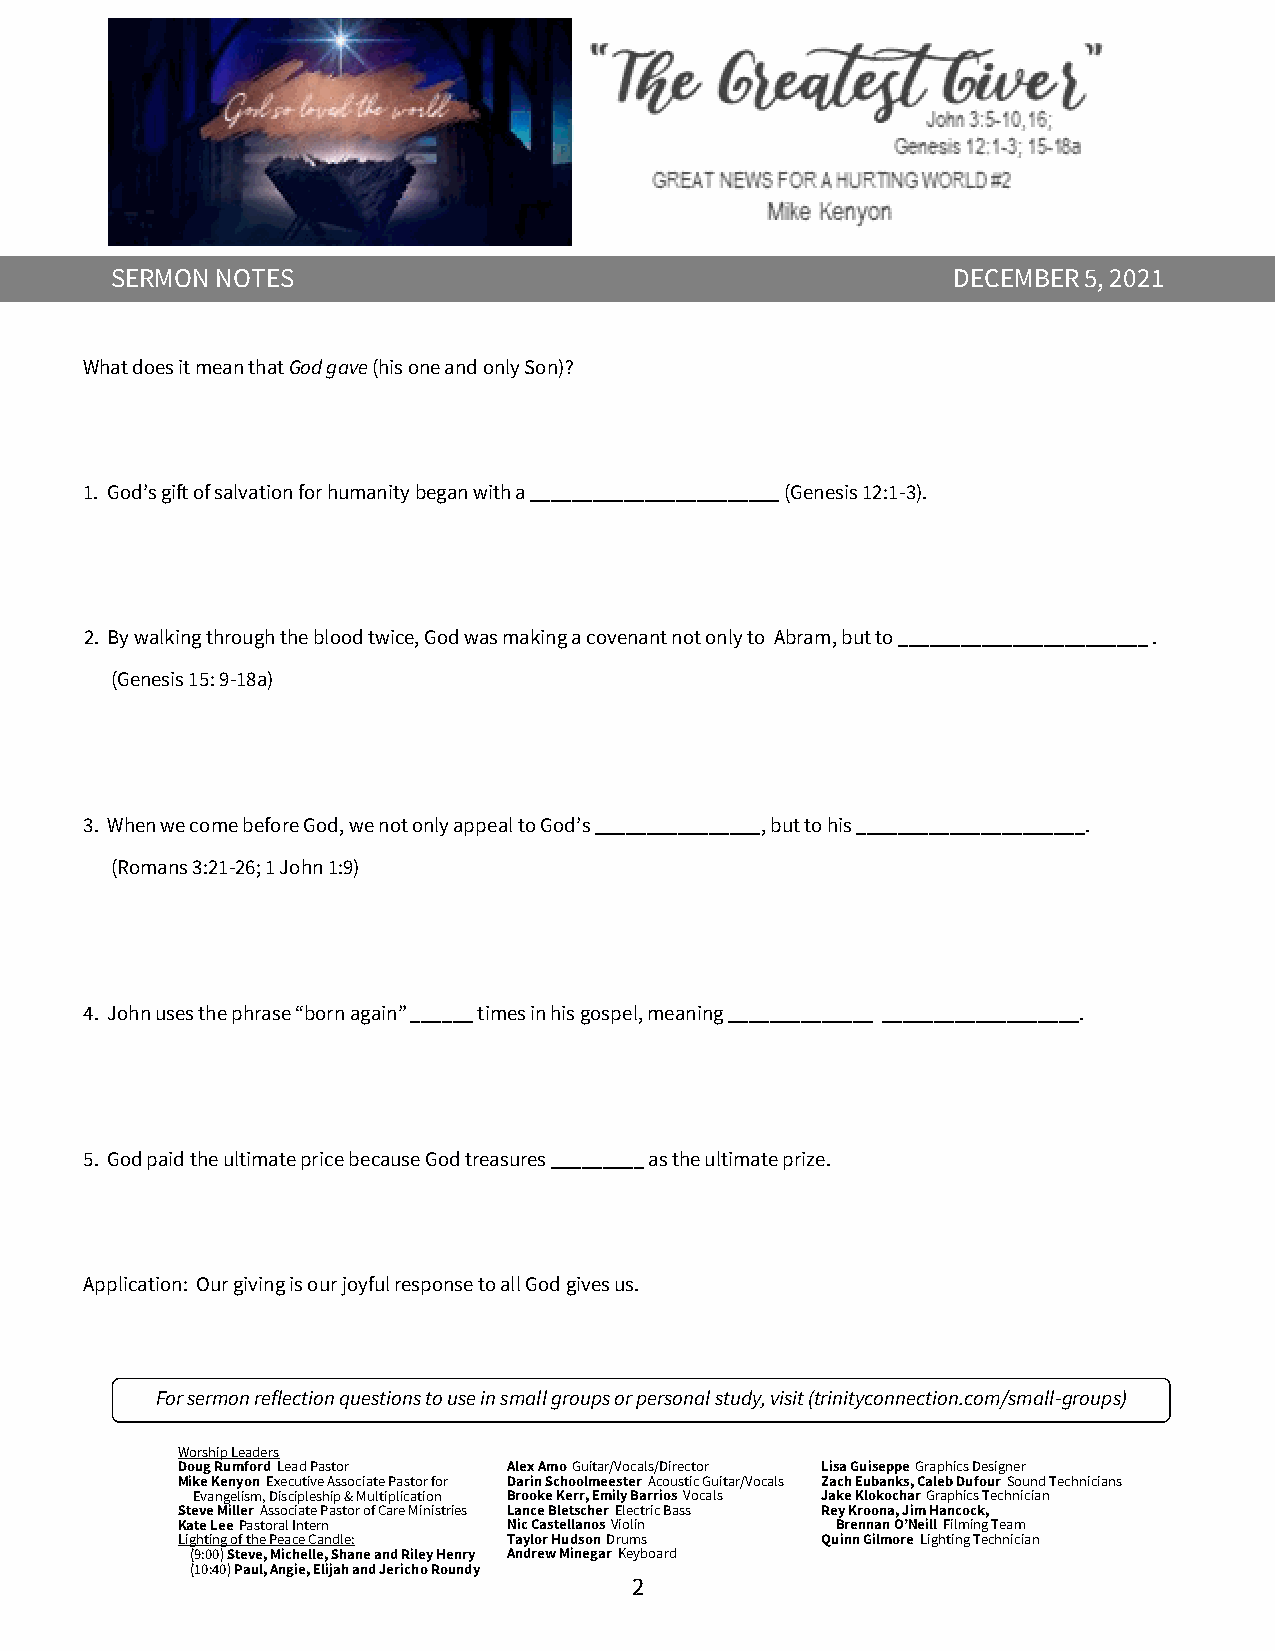
SERMON NOTES                                            DECEMBER 5, 2021
 What does it mean that God gave (his one and only Son)?
 1. God’s gift of salvation for humanity began with a ________________________ (Genesis 12:1-3).
 2. By walking through the blood twice, God was making a covenant not only to Abram, but to ________________________ .
 (Genesis 15: 9-18a)
 3. When we come before God, we not only appeal to God’s ________________, but to his ______________________.
 (Romans 3:21-26; 1 John 1:9)
 4. John uses the phrase “born again” ______ times in his gospel, meaning ______________ ___________________.
 5. God paid the ultimate price because God treasures _________ as the ultimate prize.
 Application: Our giving is our joyful response to all God gives us.
 For sermon reflection questions to use in small groups or personal study, visit (trinityconnection.com/small-groups)
 Worship Leaders
 Doug Rumford Lead Pastor Alex Amo Guitar/Vocals/Director Lisa Guiseppe Graphics Designer
 Mike Kenyon Executive Associate Pastor for Darin Schoolmeester Acoustic Guitar/Vocals Zach Eubanks, Caleb Dufour Sound Technicians
 Evangelism, Discipleship & Multiplication Brooke Kerr, Emily Barrios Vocals Jake Klokochar Graphics Technician
 Steve Miller Associate Pastor of Care Ministries Lance Bletscher Electric Bass Rey Kroona, Jim Hancock,
 Kate Lee Pastoral Intern Nic Castellanos Violin Brennan O’Neill Filming Team
 Lighting of the Peace Candle: Taylor Hudson Drums Quinn Gilmore Lighting Technician
 (9:00) Steve, Michelle, Shane and Riley Henry Andrew Minegar Keyboard
 (10:40) Paul, Angie, Elijah and Jericho Roundy
 2